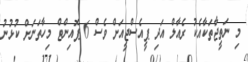
މި ނަތީޖާތަކާއެކު ރެއާލް އަދި ޕީއެސްޖީއަށް ވެސް 6 ޕޮއިންޓް މިހާތަނަށް ކުޅުނު